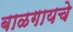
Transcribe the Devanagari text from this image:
बाळगायचे